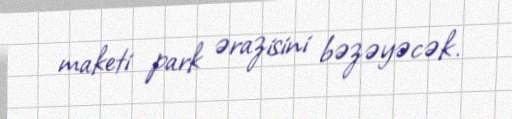
maketi park ərazisini bəzəyəcək.